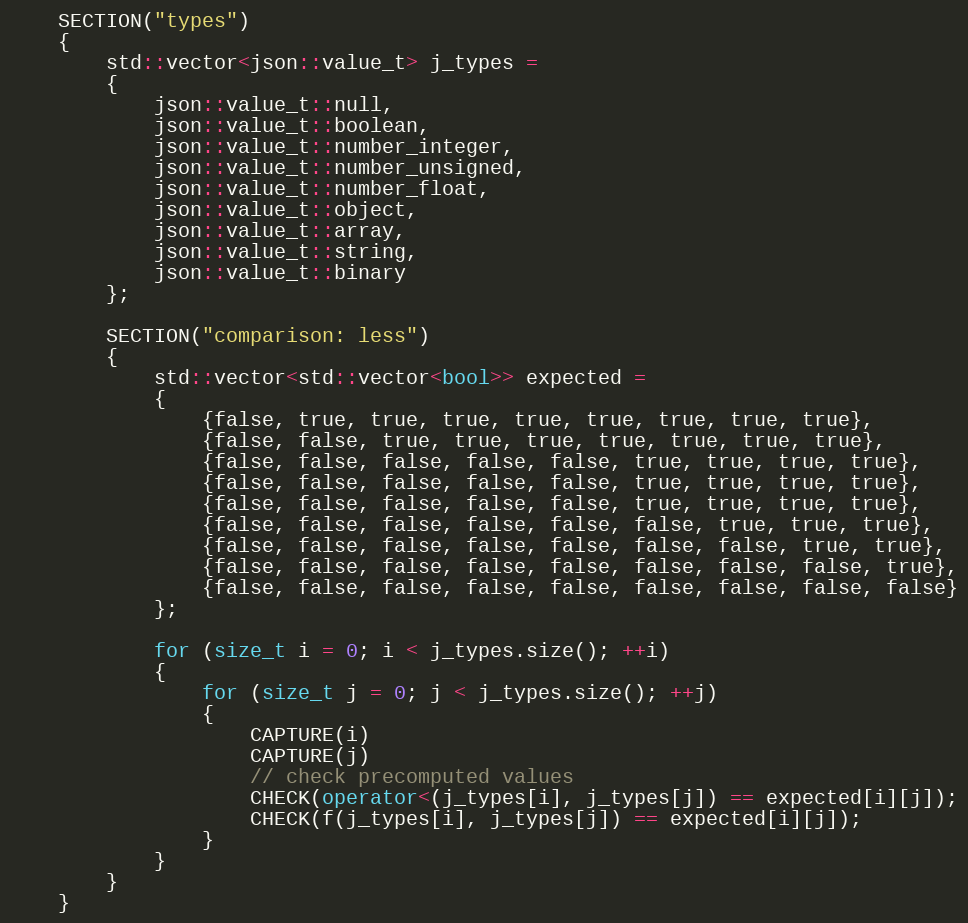
Language: C++
    SECTION("types")
    {
        std::vector<json::value_t> j_types =
        {
            json::value_t::null,
            json::value_t::boolean,
            json::value_t::number_integer,
            json::value_t::number_unsigned,
            json::value_t::number_float,
            json::value_t::object,
            json::value_t::array,
            json::value_t::string,
            json::value_t::binary
        };

        SECTION("comparison: less")
        {
            std::vector<std::vector<bool>> expected =
            {
                {false, true, true, true, true, true, true, true, true},
                {false, false, true, true, true, true, true, true, true},
                {false, false, false, false, false, true, true, true, true},
                {false, false, false, false, false, true, true, true, true},
                {false, false, false, false, false, true, true, true, true},
                {false, false, false, false, false, false, true, true, true},
                {false, false, false, false, false, false, false, true, true},
                {false, false, false, false, false, false, false, false, true},
                {false, false, false, false, false, false, false, false, false}
            };

            for (size_t i = 0; i < j_types.size(); ++i)
            {
                for (size_t j = 0; j < j_types.size(); ++j)
                {
                    CAPTURE(i)
                    CAPTURE(j)
                    // check precomputed values
                    CHECK(operator<(j_types[i], j_types[j]) == expected[i][j]);
                    CHECK(f(j_types[i], j_types[j]) == expected[i][j]);
                }
            }
        }
    }